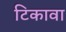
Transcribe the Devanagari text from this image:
टिकावा